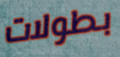
بطولات